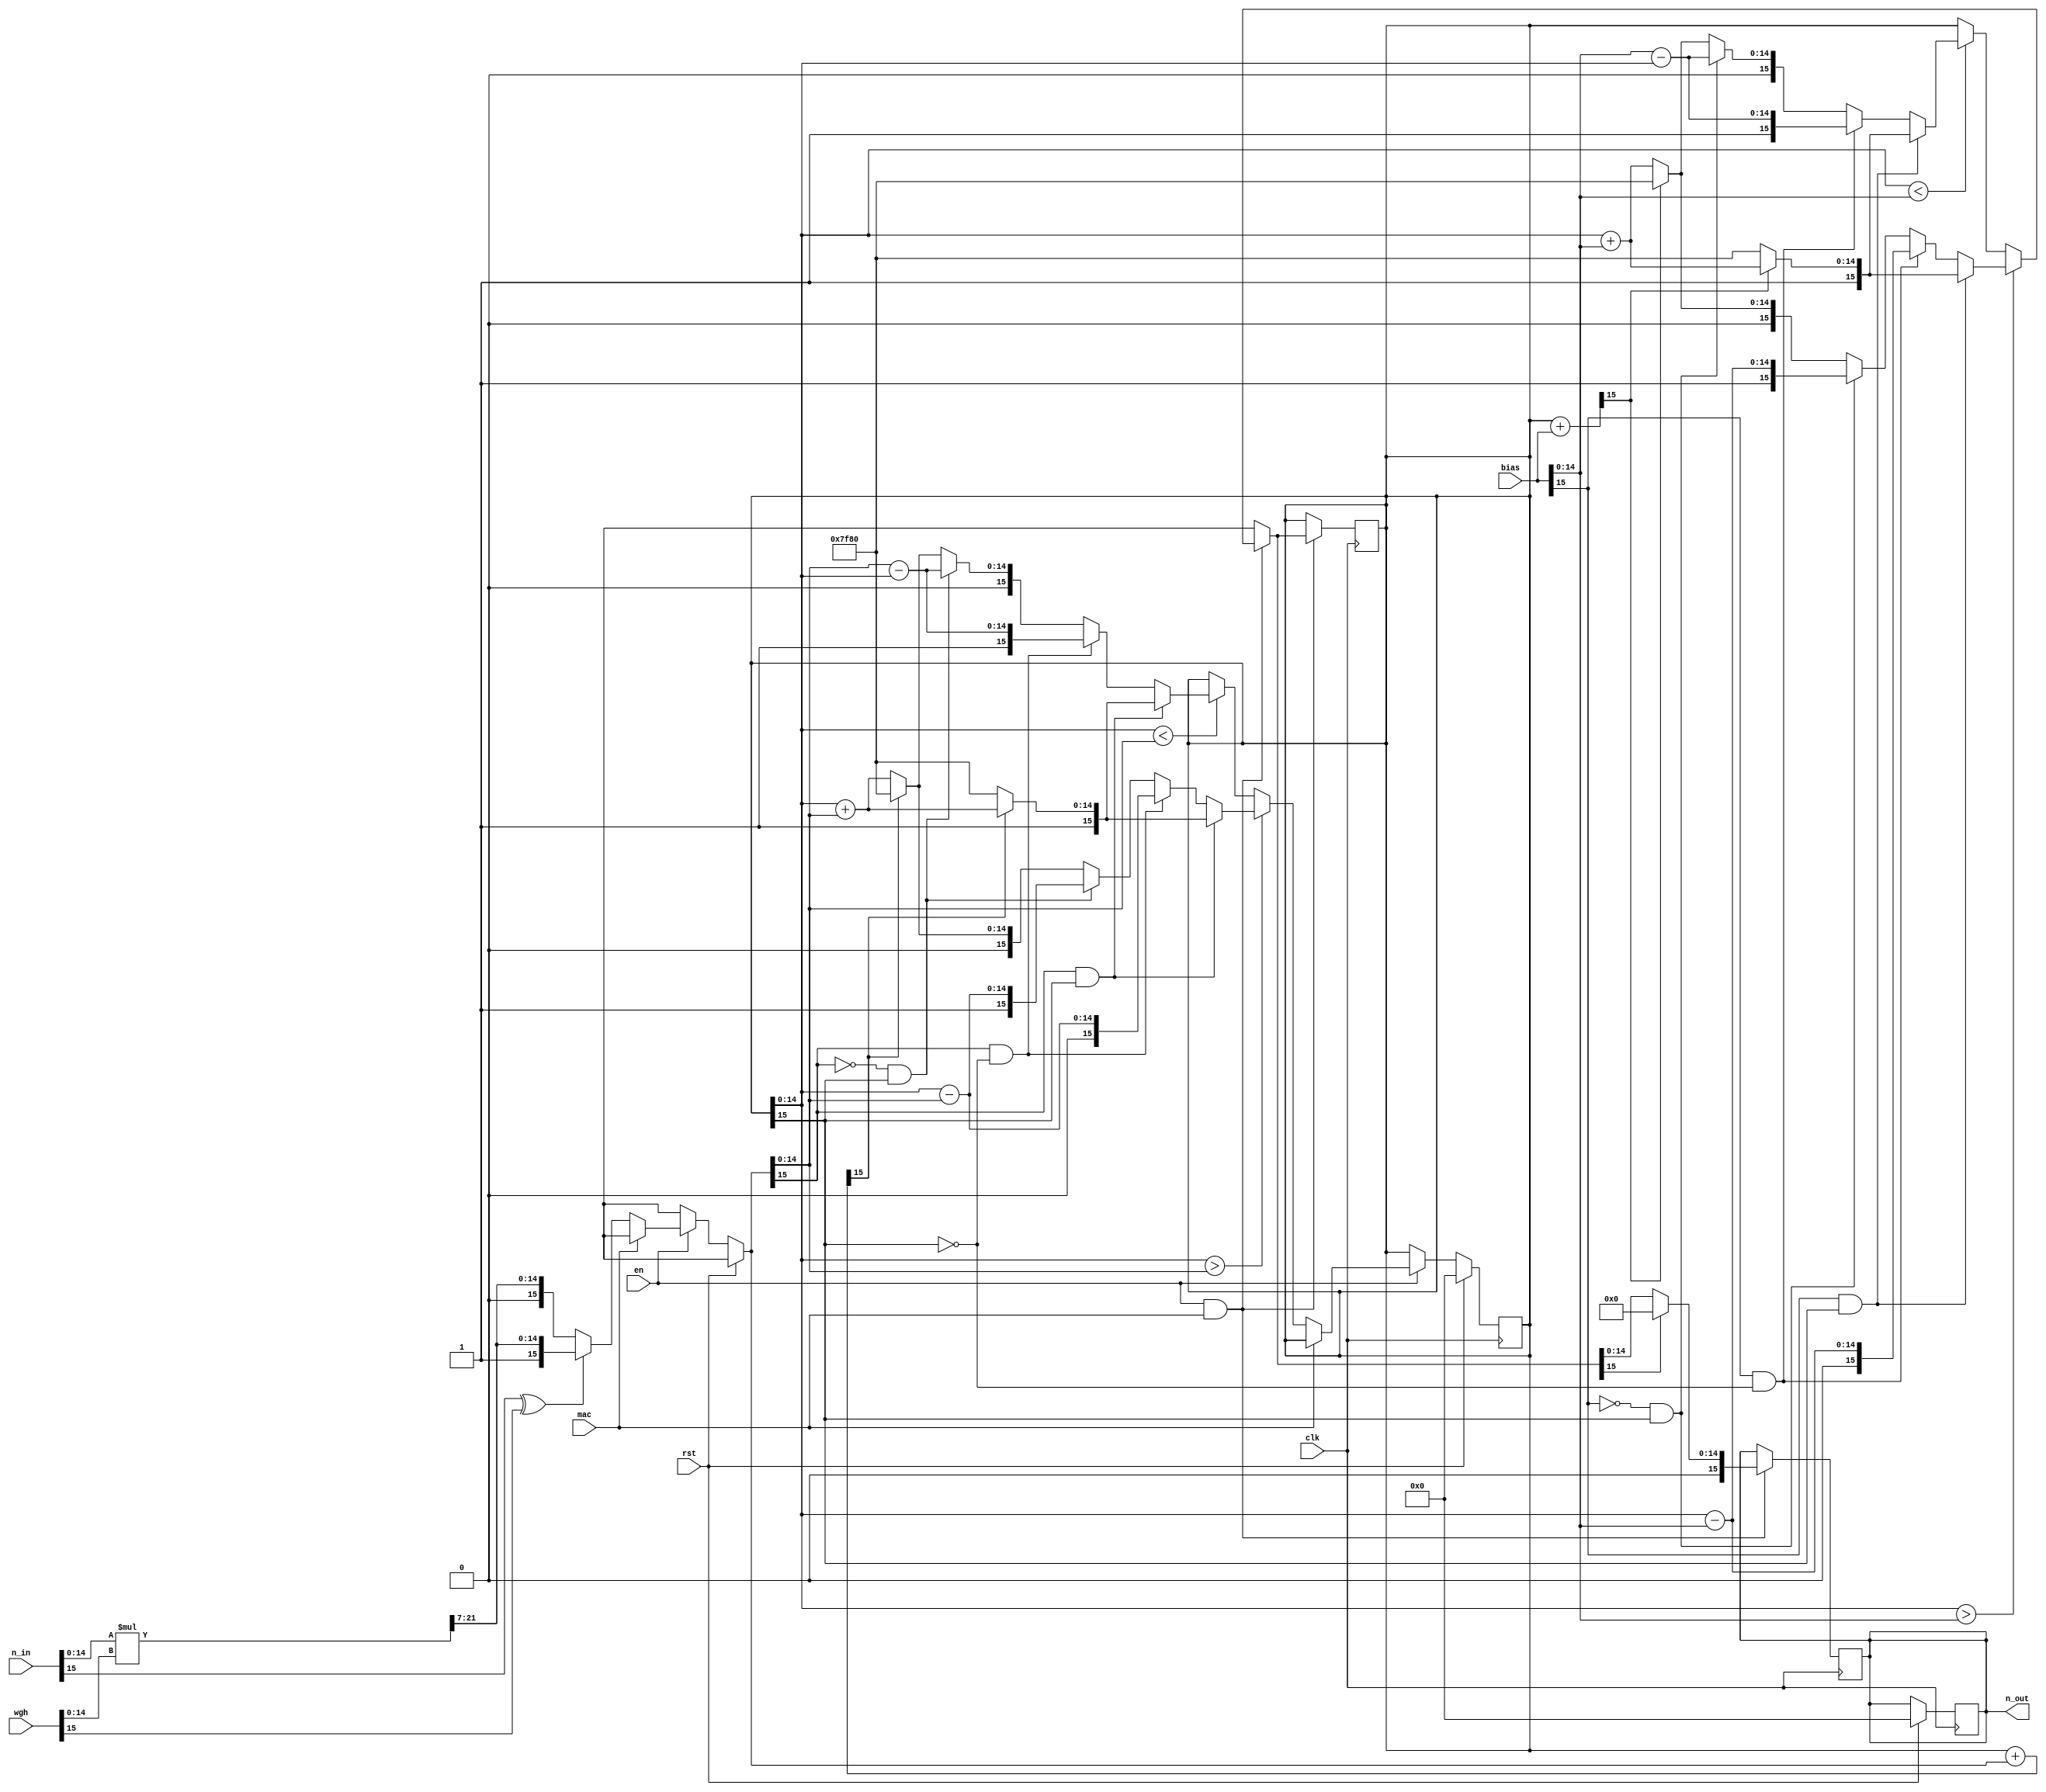
`timescale 1ns / 1ps
//////////////////////////////////////////////////////////////////////////////////
// Company: 
// Engineer: 
// 
// Design Name: 
// Module Name: neuron
// Project Name: 
// Target Devices: 
// Tool Versions: 
// Description: 
// 
// Dependencies: 
// 
// Revision:
// Revision 0.01 - File Created
// Additional Comments:
// 
//////////////////////////////////////////////////////////////////////////////////


module neuron(
input [15:0] n_in,
input [15:0] wgh,
input [15:0] bias,
input clk,
input en,
input rst,
input mac,
output reg [15:0] n_out

    );
    
    reg [29:0] t;
    reg [15:0] temp;
    reg [15:0] sum;
    reg [15:0] tsum;
    
    
    always@(posedge clk)
    begin
    if(rst)
    begin
       n_out<=0;
       sum<=0;
       temp<=0;
       t<=0;
       tsum<=0;
    end
    else if(en)
         begin
            if(!mac)
            begin
                t=n_in[14:0]*wgh[14:0];
                if(n_in[15]^wgh[15])
                begin
                    temp={1'b1,t[21:7]};
                end
                else
                begin
                    temp={1'b0,t[21:7]};
                end
                tsum=sum+temp;
                if(sum[14:0]>temp[14:0])
                begin
                    if(temp[15]&&sum[15])
                    begin
                       if(!tsum[15])
                       begin
                          sum=16'b1111111110000000;
                       end
                       else sum={1'b1,(sum[14:0]+temp[14:0])}; 
                    end
                    else if(temp[15]&&(!sum[15]))
                    begin
                       sum={1'b0,(sum[14:0]-temp[14:0])};
                    end
                    else if((!temp[15])&&sum[15])
                    begin
                        sum={1'b1,(sum[14:0]-temp[14:0])};
                    end
                    else
                    begin
                       if(tsum[15])
                       begin
                          sum=16'b0111111110000000;
                       end
                       else sum={1'b0,(sum[14:0]+temp[14:0])};
                    end
                end
                else if(sum[14:0]<temp[14:0])
                begin
                   if(temp[15]&&sum[15])
                   begin
                      if(!tsum[15])
                      begin
                         sum=16'b1111111110000000;
                      end
                      else sum={1'b1,(sum[14:0]+temp[14:0])}; 
                   end
                   else if(temp[15]&&(!sum[15]))
                   begin
                      sum={1'b1,(temp[14:0]-sum[14:0])};
                   end
                   else if((!temp[15])&&sum[15])
                   begin
                      sum={1'b0,(temp[14:0]-sum[14:0])};
                   end
                   else
                   begin
                      if(tsum[15])
                      begin
                         sum=16'b0111111110000000;
                      end
                      else sum={1'b0,(sum[14:0]+temp[14:0])};
                   end
                end               
            end
         end
    end
    
//    always@ (posedge clk)
//    begin
//       out<=sum;
//    end
    
    always @(posedge clk)
    begin
       if(en && mac)
       begin
          tsum=sum+bias;
                       if(sum[14:0]>bias[14:0])
                       begin
                           if(bias[15]&&sum[15])
                           begin
                              if(!tsum[15])
                              begin
                                 sum=16'b1111111110000000;
                              end
                              else sum={1'b1,(sum[14:0]+bias[14:0])}; 
                           end
                           else if(bias[15]&&(!sum[15]))
                           begin
                              sum={1'b0,(sum[14:0]-bias[14:0])};
                           end
                           else if((!bias[15])&&sum[15])
                           begin
                               sum={1'b1,(sum[14:0]-bias[14:0])};
                           end
                           else
                           begin
                              if(tsum[15])
                              begin
                                 sum=16'b0111111110000000;
                              end
                              else sum={1'b0,(sum[14:0]+bias[14:0])};
                           end
                       end
                       else if(sum[14:0]<bias[14:0])
                       begin
                          if(bias[15]&&sum[15])
                          begin
                             if(!tsum[15])
                             begin
                                sum=16'b1111111110000000;
                             end
                             else sum={1'b1,(sum[14:0]+bias[14:0])}; 
                          end
                          else if(bias[15]&&(!sum[15]))
                          begin
                             sum={1'b1,(bias[14:0]-sum[14:0])};
                          end
                          else if((!bias[15])&&sum[15])
                          begin
                             sum={1'b0,(bias[14:0]-sum[14:0])};
                          end
                          else
                          begin
                             if(tsum[15])
                             begin
                                sum=16'b0111111110000000;
                             end
                             else sum={1'b0,(sum[14:0]+bias[14:0])};
                          end
                       end
                       
                       
                       if(sum[15])
                       begin
                          n_out<=0;
                       end
                       else
                       begin
                          n_out<=sum;
                       end
       end
    end
    
    
endmodule